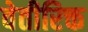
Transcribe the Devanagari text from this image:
वेतीरिक्त